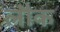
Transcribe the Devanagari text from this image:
लौक